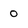
Character: 0